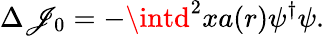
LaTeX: \Delta\mathscr{J}_{0}=-\intd^{2}xa(r)\psi^{\dagger}\psi.